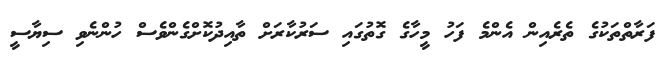
ފަރާތްތަކުގެ ތެރެއިން އެންމެ ފަހު މީހާގެ ގޮތުގައި ސަރުކާރަށް ތާއިދުކޮށްގެންވެސް ހުންނެވި ސިޔާސީ